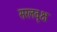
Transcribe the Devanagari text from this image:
सरलवृक्ष